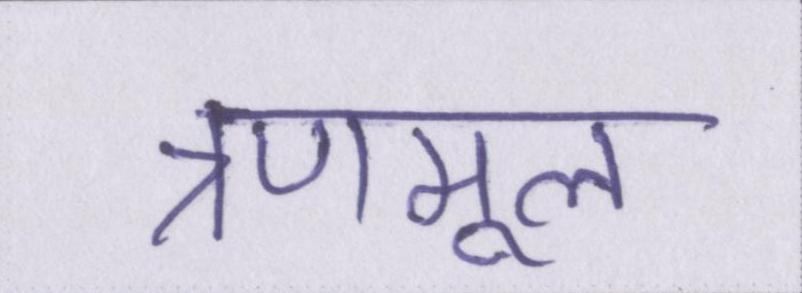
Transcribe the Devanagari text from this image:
त्रणमूल